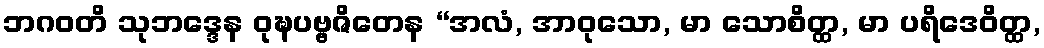
ဘဂဝတိ သုဘဒ္ဒေန ဝုဍ္ဎပဗ္ဗဇိတေန “အလံ, အာဝုသော, မာ သောစိတ္ထ, မာ ပရိဒေဝိတ္ထ,